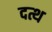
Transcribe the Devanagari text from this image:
दत्थ